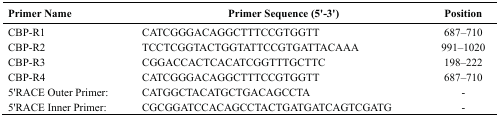
<table><thead><tr><td><b>Primer Name</b></td><td><b>Primer Sequence (5&#x27;-3&#x27;)</b></td><td><b>Position</b></td></tr></thead><tbody><tr><td>CBP-R1</td><td>CATCGGGACAGGCTTTCCGTGGTT</td><td>687–710</td></tr><tr><td>CBP-R2</td><td>TCCTCGGTACTGGTATTCCGTGATTACAAA</td><td>991–1020</td></tr><tr><td>CBP-R3</td><td>CGGACCACTCACATCGGTTTGCTTC</td><td>198–222</td></tr><tr><td>CBP-R4</td><td>CATCGGGACAGGCTTTCCGTGGTT</td><td>687–710</td></tr><tr><td>5&#x27;RACE Outer Primer:</td><td>CATGGCTACATGCTGACAGCCTA</td><td>-</td></tr><tr><td>5&#x27;RACE Inner Primer:</td><td>CGCGGATCCACAGCCTACTGATGATCAGTCGATG</td><td>-</td></tr></tbody></table>